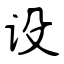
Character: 设